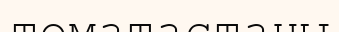
томатастаны